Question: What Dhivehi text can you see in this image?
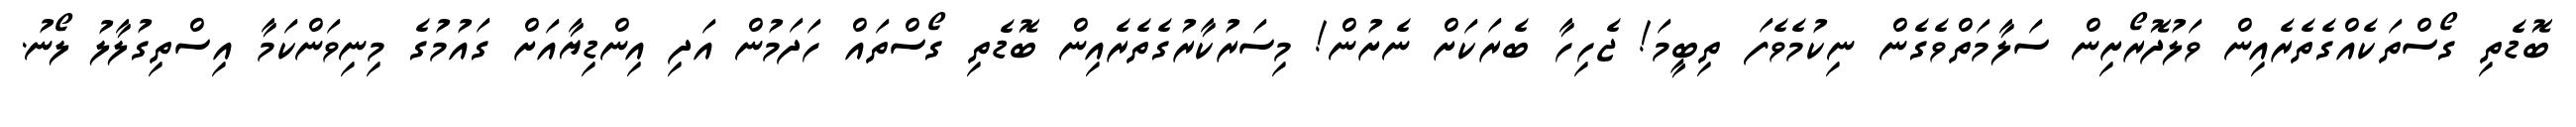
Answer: ބޮޑެތި ގޯސްތަކެއްގެތެރެއިން ވަލުދޮރޯށިން ސަލާމަތްވެގެން ނިކުމެވެފަ ތިބީމަ! ޖެހިހާ ބެރަކަށް ނެށުން! މިސަރުކާރުގެތެރެއިން ބޮޑެތި ގޯސްތައް ހަދަމުން އަދި އިންޑިޔާއަށް ގައުމުގެ މިނިވަންކަމާ އިސްތިގުލާލު ލޯނު.